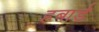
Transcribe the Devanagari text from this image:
हबार्ड